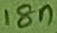
Text: 18n